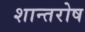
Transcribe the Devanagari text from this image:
शान्तरोष